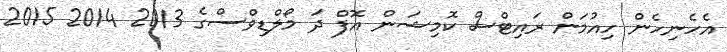
އެހެނިހެން ހިއުމަން ރައިޓްސް ކޮމިޝަން އޮފް ދަ މޯލްޑިވްސްގެ 2013 2014 2015